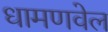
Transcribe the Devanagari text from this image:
धामणवेल